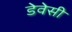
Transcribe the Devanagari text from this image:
डेवेसी